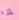
لمذا